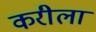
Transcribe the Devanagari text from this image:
करीला